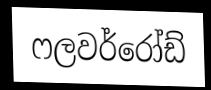
ෆලවර්රෝඩ්